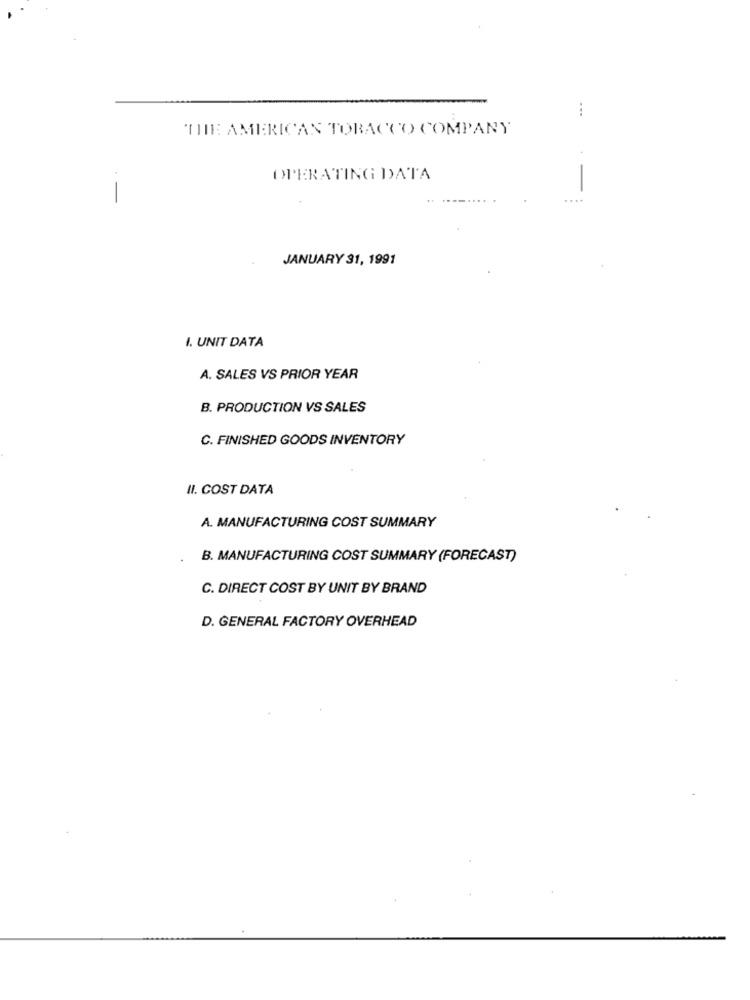
...
THE AMERICAN TOBACCO COMPANY
OPERATING DATA
--
...
JANUARY 31, 1991
I. UNIT DATA
A. SALES VS PRIOR YEAR
B. PRODUCTION VS SALES
C. FINISHED GOODS INVENTORY
II. COST DATA
A. MANUFACTURING COST SUMMARY
B. MANUFACTURING COST SUMMARY (FORECAST)
C. DIRECT COST BY UNIT BY BRAND
D. GENERAL FACTORY OVERHEAD